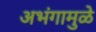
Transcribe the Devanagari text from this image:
अभंगामुळे